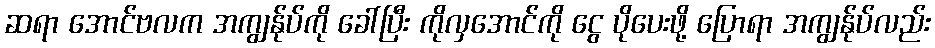
ဆရာ အောင်ဗလက အကျွန်ုပ်ကို ခေါ်ပြီး ကိုလှအောင်ကို ငွေ ပိုပေးဖို့ ပြောရာ အကျွန်ုပ်လည်း